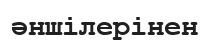
әншілерінен